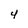
Character: 4